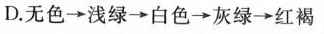
D. 无色 \rightarrow 浅绿 \rightarrow 白色 \rightarrow 灰绿 \rightarrow 红褐